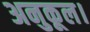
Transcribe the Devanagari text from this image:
अनुकूल।